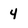
Character: 4